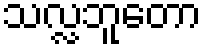
သလ္လဘူတော